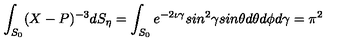
\int _ { S _ { 0 } } ( X - P ) ^ { - 3 } d S _ { \eta } = \int _ { S _ { 0 } } e ^ { - 2 \iota \gamma } s i n ^ { 2 } \gamma s i n \theta d \theta d \phi d \gamma = \pi ^ { 2 }